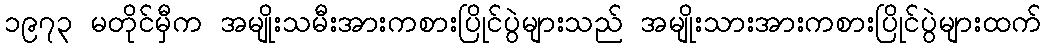
၁၉၇၃ မတိုင်မှီက အမျိုးသမီးအားကစားပြိုင်ပွဲများသည် အမျိုးသားအားကစားပြိုင်ပွဲများထက်